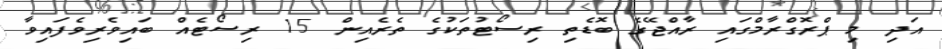
އަދި މި ޕްރޮގްރާމްގައި ރާއްޖޭގެ ބޮޑެތި ރިސޯޓުތަކުގެ ތެރެއިން 15 ރިސޯޓެއް ބައިވެރިވެފައިވާ